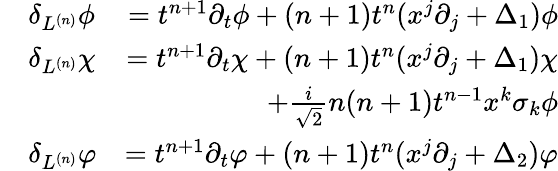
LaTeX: \begin{array}{rlr}&{\delta_{L^{(n)}}\phi}&{=t^{n+1}\partial_{t}\phi+(n+1)t^{n}(x^{j}\partial_{j}+\Delta_{1})\phi}\\ &{\delta_{L^{(n)}}\chi}&{=t^{n+1}\partial_{t}\chi+(n+1)t^{n}(x^{j}\partial_{j}+\Delta_{1})\chi}\\ &{\qquad}&{\qquad\qquad+\frac{i}{\sqrt{2}}n(n+1)t^{n-1}x^{k}\sigma_{k}\phi}\\ &{\delta_{L^{(n)}}\varphi}&{=t^{n+1}\partial_{t}\varphi+(n+1)t^{n}(x^{j}\partial_{j}+\Delta_{2})\varphi}\end{array}